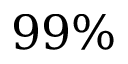
9 9 \%